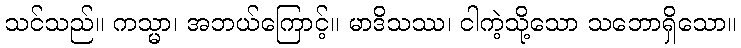
သင်သည်။ ကသ္မာ၊ အဘယ်ကြောင့်။ မာဒိသဿ၊ ငါကဲ့သို့သော သဘောရှိသော။